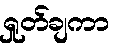
ရှုတ်ချကာ